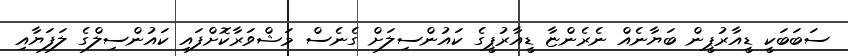
ސަބަބަކީ ޑީއާރުޕީން ބަޔާނެއް ނެރެންޏާ ޑީއާރުޕީގެ ކައުންސިލަށް ގެނެސް މަޝްވަރާކޮށްފައި ކައުންސިލްގެ ލަފަޔާއި